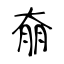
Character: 奟